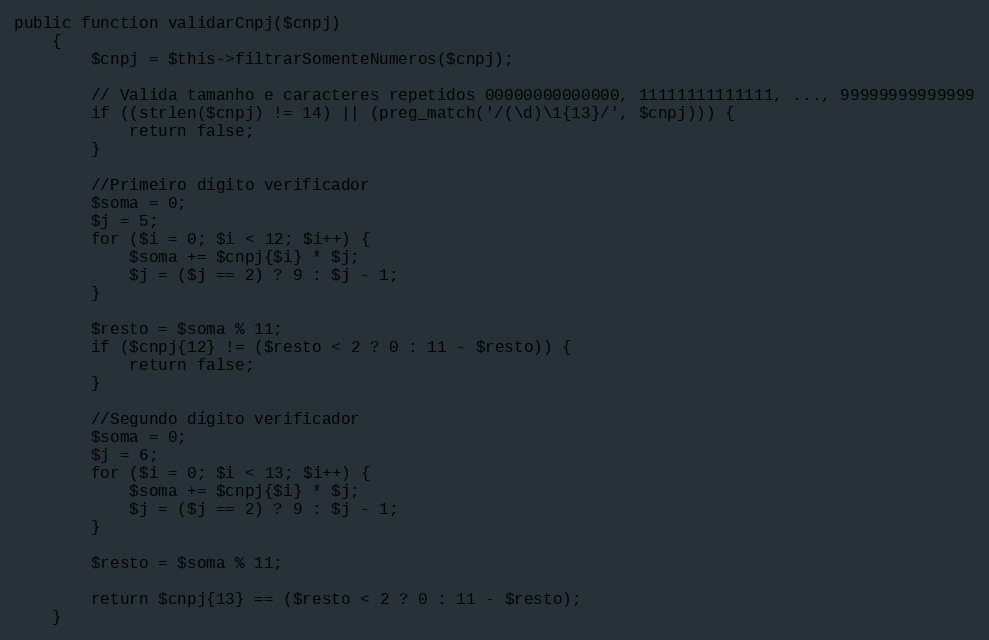
Language: PHP
public function validarCnpj($cnpj)
    {
        $cnpj = $this->filtrarSomenteNumeros($cnpj);

        // Valida tamanho e caracteres repetidos 00000000000000, 11111111111111, ..., 99999999999999
        if ((strlen($cnpj) != 14) || (preg_match('/(\d)\1{13}/', $cnpj))) {
            return false;
        }

        //Primeiro dígito verificador
        $soma = 0;
        $j = 5;
        for ($i = 0; $i < 12; $i++) {
            $soma += $cnpj{$i} * $j;
            $j = ($j == 2) ? 9 : $j - 1;
        }

        $resto = $soma % 11;
        if ($cnpj{12} != ($resto < 2 ? 0 : 11 - $resto)) {
            return false;
        }

        //Segundo dígito verificador
        $soma = 0;
        $j = 6;
        for ($i = 0; $i < 13; $i++) {
            $soma += $cnpj{$i} * $j;
            $j = ($j == 2) ? 9 : $j - 1;
        }

        $resto = $soma % 11;

        return $cnpj{13} == ($resto < 2 ? 0 : 11 - $resto);
    }